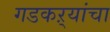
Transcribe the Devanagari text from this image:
गडकऱ्यांचा